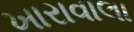
ખારાવાલા